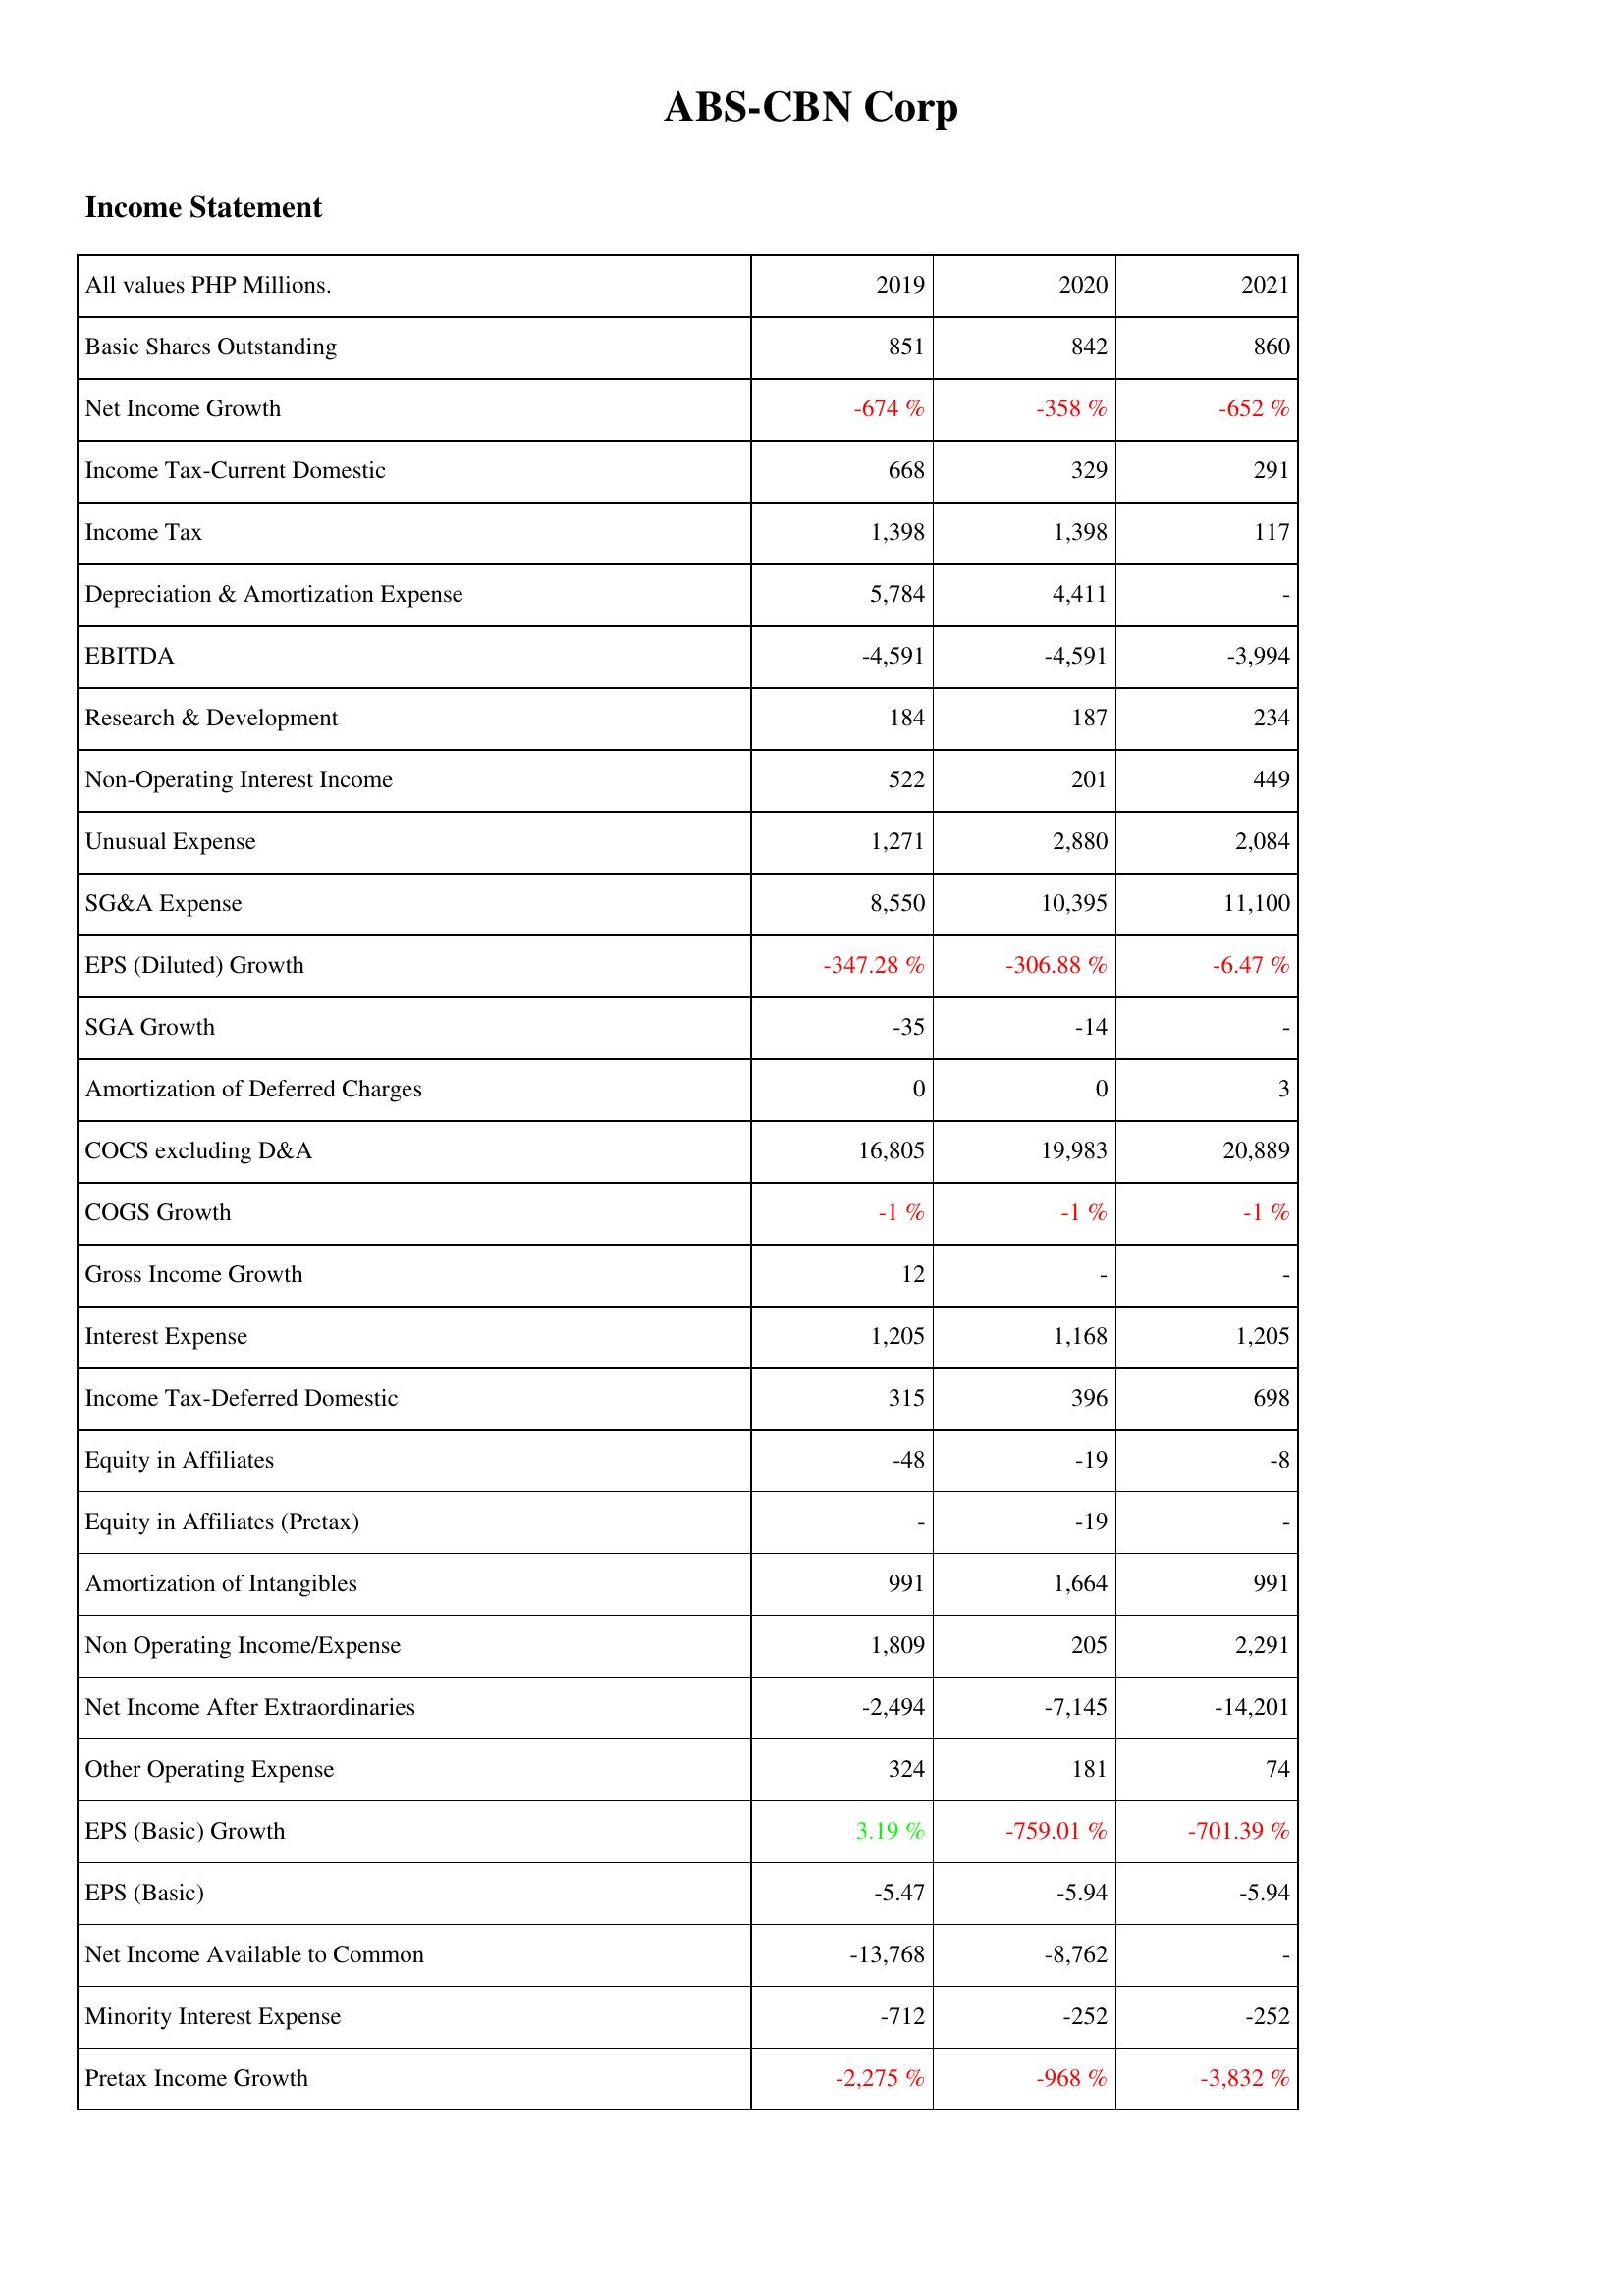
2019: Income Statement: Basic Shares Outstanding: 851
Net Income Growth: -674 %
Income Tax-Current Domestic: 668
Income Tax: 1,398
Depreciation & Amortization Expense: 5,784
EBITDA: -4,591
Research & Development: 184
Non-Operating Interest Income: 522
Unusual Expense: 1,271
SG&A Expense: 8,550
EPS (Diluted) Growth: -347.28 %
SGA Growth: -35
Amortization of Deferred Charges: 0
COCS excluding D&A: 16,805
COGS Growth: -1 %
Gross Income Growth: 12
Interest Expense: 1,205
Income Tax-Deferred Domestic: 315
Equity in Affiliates: -48
Equity in Affiliates (Pretax): -
Amortization of Intangibles: 991
Non Operating Income/Expense: 1,809
Net Income After Extraordinaries: -2,494
Other Operating Expense: 324
EPS (Basic) Growth: 3.19 %
EPS (Basic): -5.47
Net Income Available to Common: -13,768
Minority Interest Expense: -712
Pretax Income Growth: -2,275 %
2020: Income Statement: Basic Shares Outstanding: 842
Net Income Growth: -358 %
Income Tax-Current Domestic: 329
Income Tax: 1,398
Depreciation & Amortization Expense: 4,411
EBITDA: -4,591
Research & Development: 187
Non-Operating Interest Income: 201
Unusual Expense: 2,880
SG&A Expense: 10,395
EPS (Diluted) Growth: -306.88 %
SGA Growth: -14
Amortization of Deferred Charges: 0
COCS excluding D&A: 19,983
COGS Growth: -1 %
Gross Income Growth: -
Interest Expense: 1,168
Income Tax-Deferred Domestic: 396
Equity in Affiliates: -19
Equity in Affiliates (Pretax): -19
Amortization of Intangibles: 1,664
Non Operating Income/Expense: 205
Net Income After Extraordinaries: -7,145
Other Operating Expense: 181
EPS (Basic) Growth: -759.01 %
EPS (Basic): -5.94
Net Income Available to Common: -8,762
Minority Interest Expense: -252
Pretax Income Growth: -968 %
2021: Income Statement: Basic Shares Outstanding: 860
Net Income Growth: -652 %
Income Tax-Current Domestic: 291
Income Tax: 117
Depreciation & Amortization Expense: -
EBITDA: -3,994
Research & Development: 234
Non-Operating Interest Income: 449
Unusual Expense: 2,084
SG&A Expense: 11,100
EPS (Diluted) Growth: -6.47 %
SGA Growth: -
Amortization of Deferred Charges: 3
COCS excluding D&A: 20,889
COGS Growth: -1 %
Gross Income Growth: -
Interest Expense: 1,205
Income Tax-Deferred Domestic: 698
Equity in Affiliates: -8
Equity in Affiliates (Pretax): -
Amortization of Intangibles: 991
Non Operating Income/Expense: 2,291
Net Income After Extraordinaries: -14,201
Other Operating Expense: 74
EPS (Basic) Growth: -701.39 %
EPS (Basic): -5.94
Net Income Available to Common: -
Minority Interest Expense: -252
Pretax Income Growth: -3,832 %